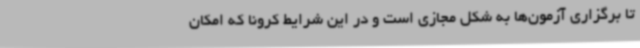
تا برگزاری آزمون‌ها به شکل مجازی است و در این شرایط کرونا که امکان